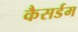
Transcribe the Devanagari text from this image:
कैसर्डम